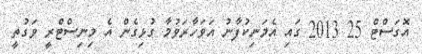
އޮގަސްޓް 25 2013 ގައި އެމަނިކުފާނު އަވަހާރަވުމާ ގުޅިގެން އެ މިނިސްޓްރީ ވަގުތީ